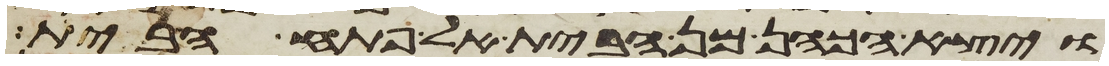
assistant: ויצא הכהן מן הבית אל פתח הבית